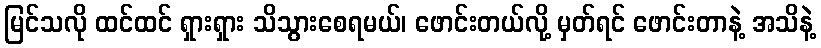
မြင်သလို ထင်ထင် ရှားရှား သိသွားစေရမယ်၊ ဖောင်းတယ်လို့ မှတ်ရင် ဖောင်းတာနဲ့ အသိနဲ့